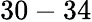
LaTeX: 30-34